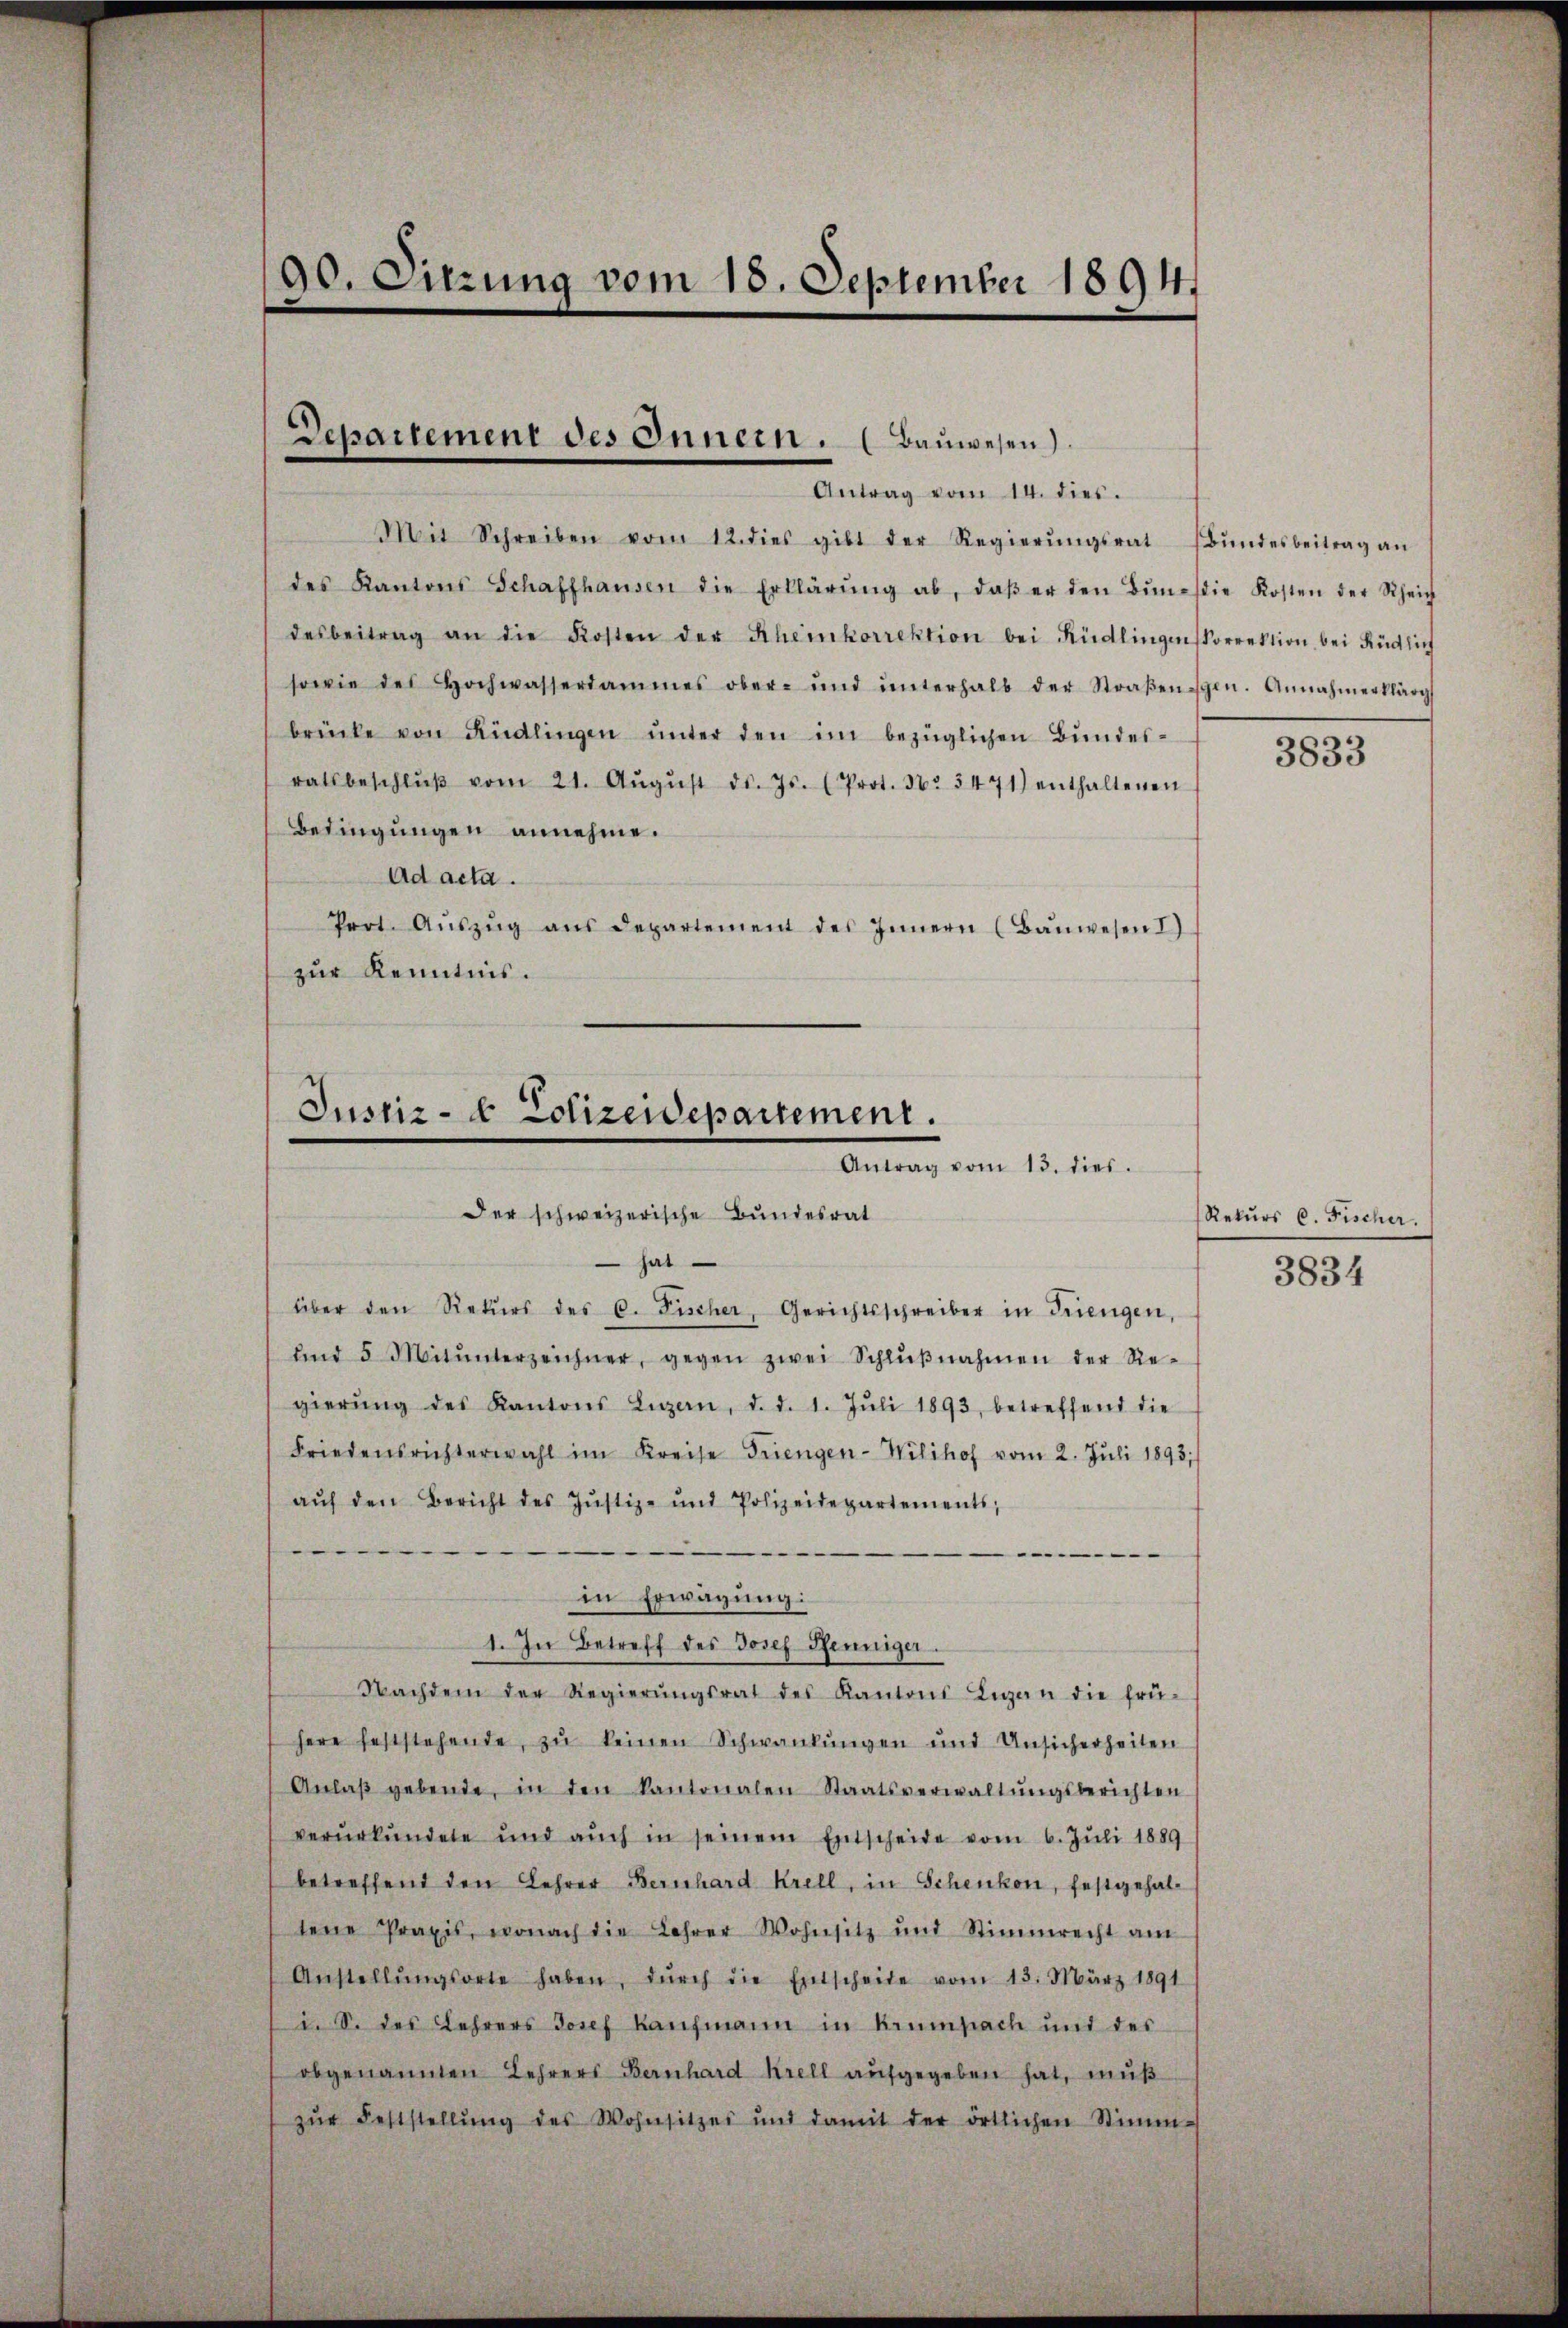
90. Sitzung vom 15. September 18941

Departement des Innern. (Bauwesen)
Antrag vom 14. dies.

Mit Schreiben vom 12. dies gibt der Regierŭngsrat Bŭndesbeitrag an
des Kantons Schaffhausen die Erklärŭng ab, daβ er den Bŭnd die Kosten der Scheich
desbeitrag an die Kosten der Scheinkorrektion bei Rüdlingenkorrektion bei Rüdlich
sowie des Hochwassersammes ober- und ŭnterhalb der Straβengen. Annahmerklärg
brücke von Rüdlingen ŭnter den im bezüglichen Bŭndes-
ratsbeschlŭβ vom 21. Aŭgŭst ds. Js. (Prot. No 3471) enthaltenen
Bedingungen annehme.
Ad acta.
Part. Aŭszŭg ans Departement des Innern (Baŭwesen I
zur Kenntnis.

Justiz- & Polizeidepartement.
Antrag vom 13. dies.
Der schweizerische Bundesrat
 hat

über den Rekŭrs des C. Fischer, Gerichtsschreiber in Trengen,
und 5 Mitŭnterzeichner, gegen zwei Schlŭβnahmen der Re-
gierŭng des Kantons Luzern, d. d. 1. Jŭli 1893, betreffend die
Friedensrichterwahl im Kreise Friengen-Wilihof vom 2. Juli 1893/
aŭf den Bericht des Jŭstiz- und Polizeidepartements,
—
in Erwägung:
1. In Betreff des Josef Pfenniger.
Nachdem der Regierŭngsrat des Kantons Ligen die frü-
here feststehende, zŭ keinen Schwankŭngen und Unsicherheiten
Anlaβ gebende, in den kantonalen Staatsverwaltŭngsberichten
verurkundete und aŭch in seinem Entscheide vom 6. Juli 1889
betreffend den Lehrer Bernhard Krell, in Schenkon, festgehaltene Praxis, wonach die Lehrer Wohnsitz und Stimmrecht am
Anstellŭngsorte haben, dŭrch die Entscheite vom 13. März 1891
i. S. des Lehrers Josef Kaufmann in Krumpach und der
obgenannten Lehrers Bernhard Krell aufgegeben hat, muß
zŭr Feststellŭng des Wohnsitzes und damit der örtlichen Stimm-

3833

Rekŭrs C. Fischer.
3834